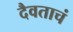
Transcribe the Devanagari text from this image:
दैवताचं